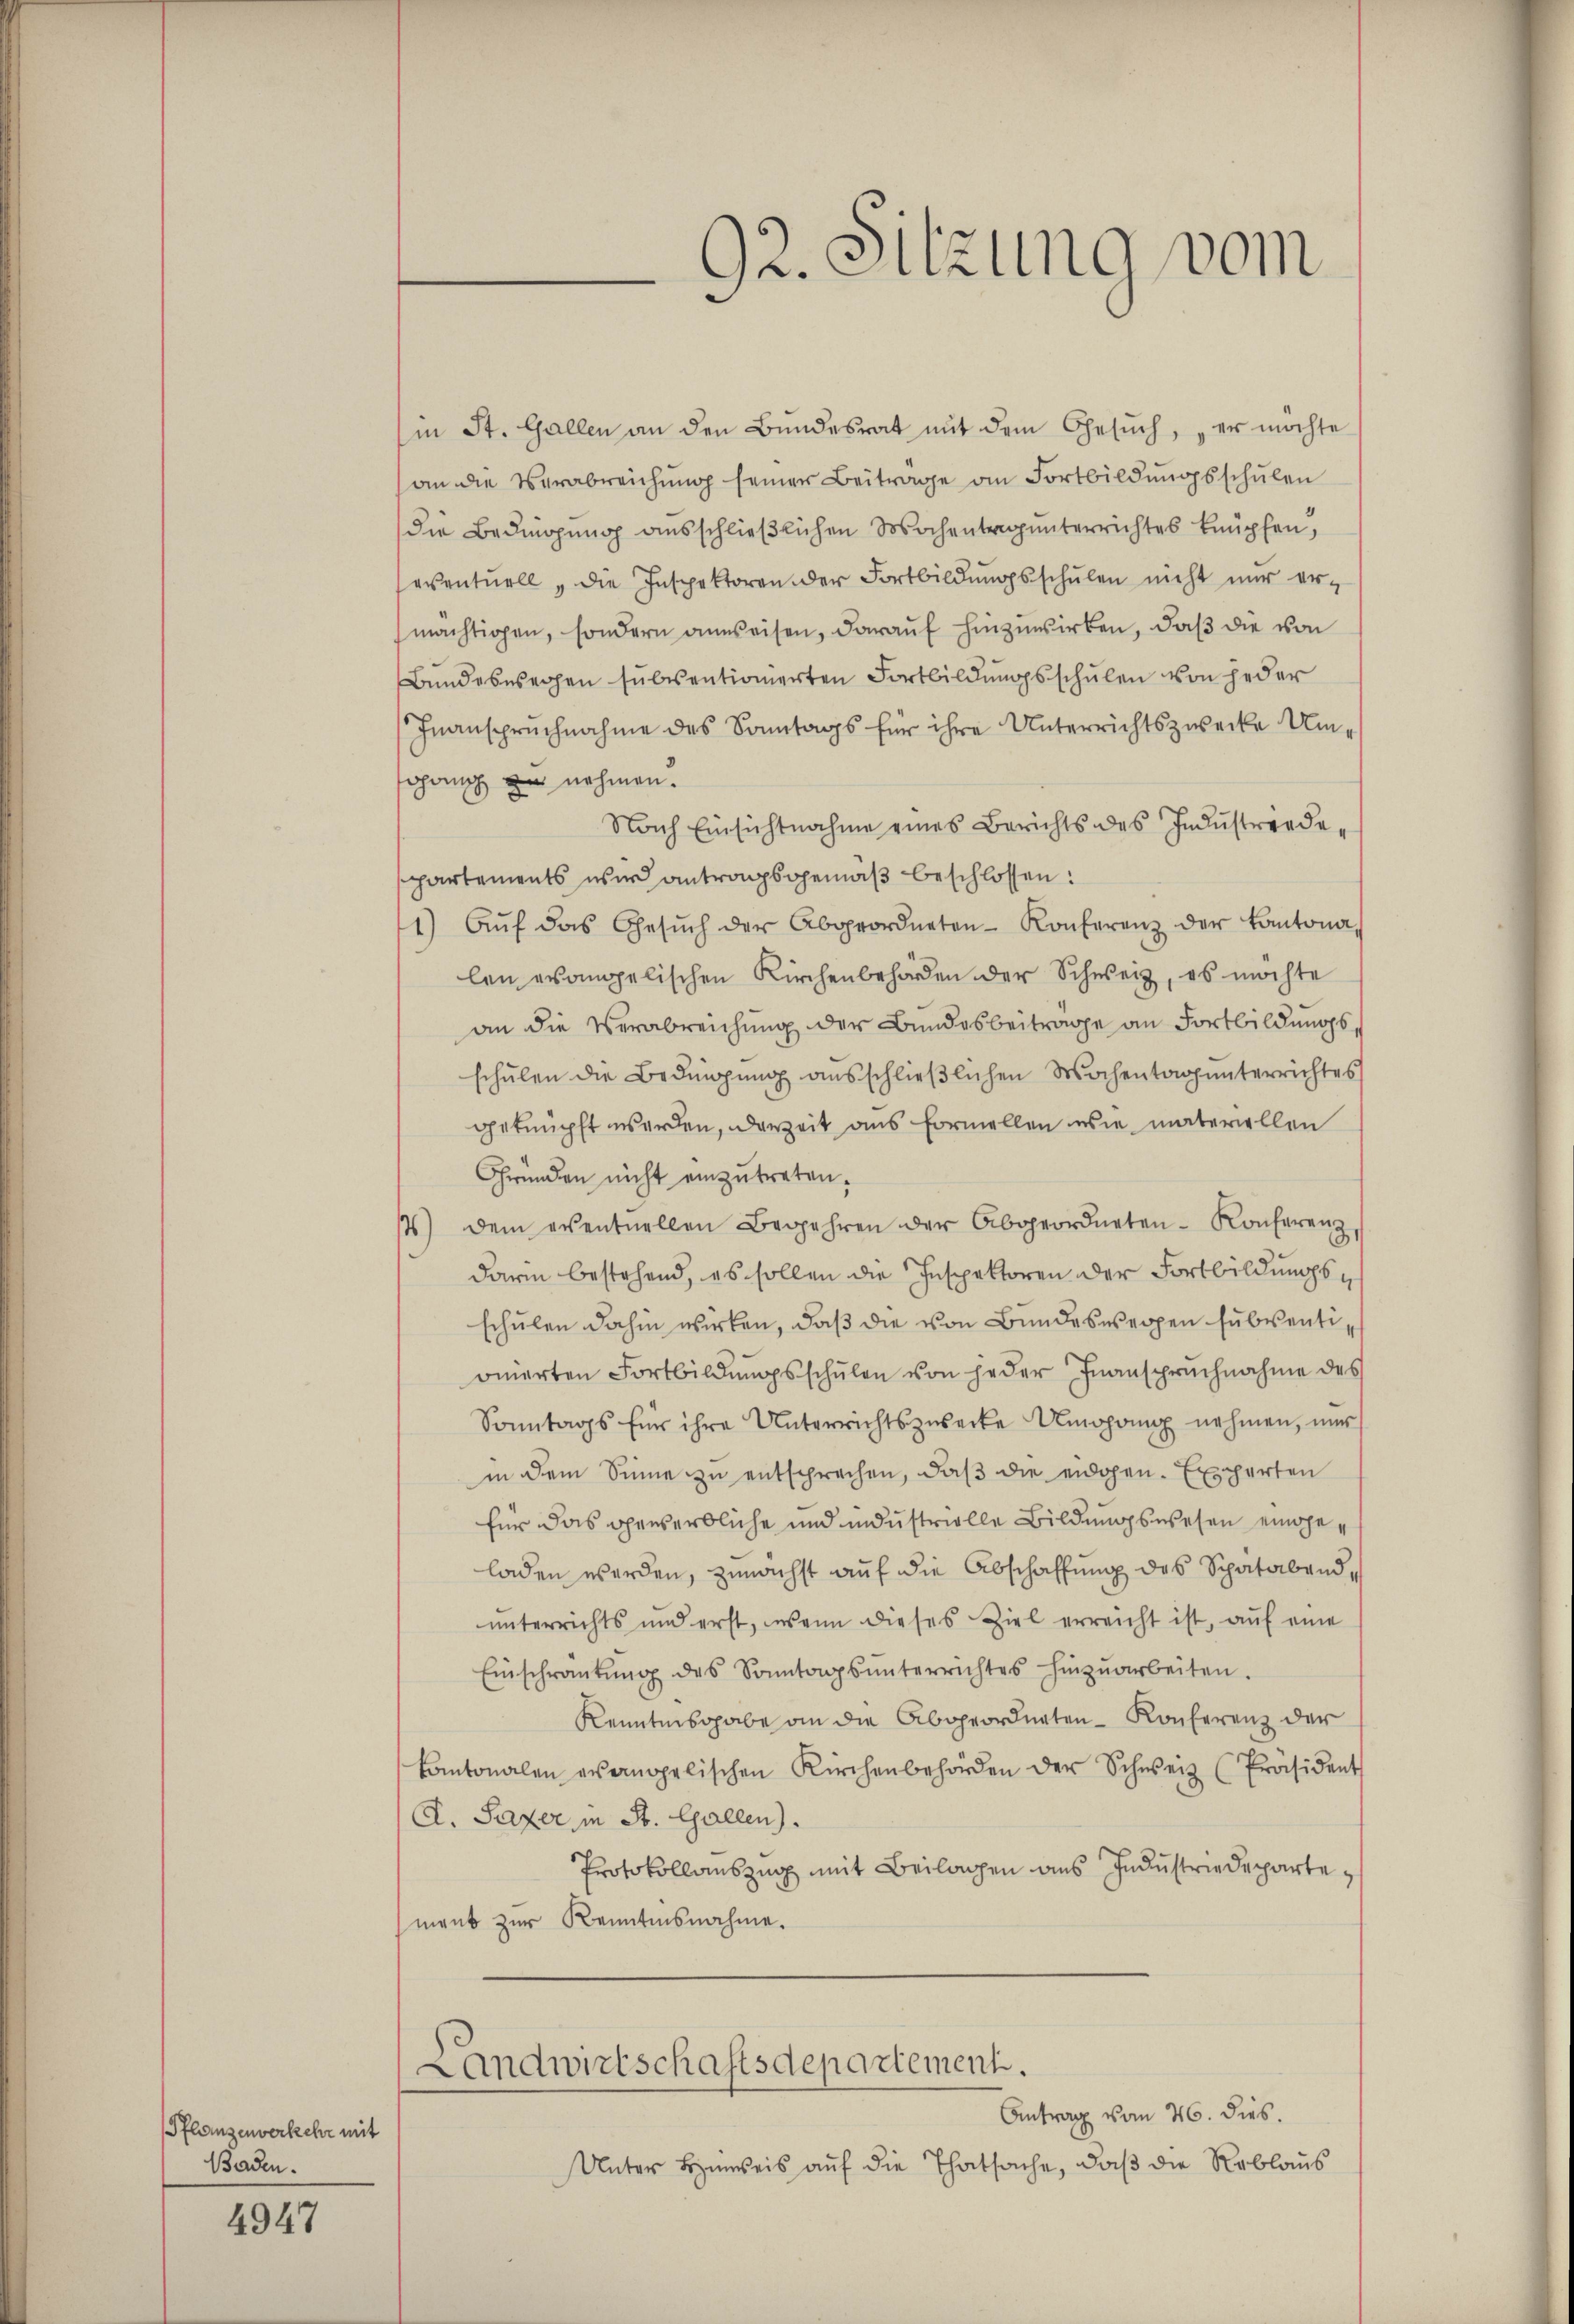
Pflanzenverkehr mit
Baden.

4947

(in St. Gallen an den Bŭndesrat mit dem Gesŭch, er möchte
an die Verabreichŭng seiner Beitrage an Fortbildŭngsschŭlen
die Bedingung ausschließlichen Wochentragunterrichtes knüpfen,
eventuell „die Inspektoren der Fortbildungsschulen nicht nur ermächtigen, sondern anweisen, darauf hinzuwirken, daß die von
Bundeswegen subsentionierten Fortbildungsschulen von jeder
Inanspruchnahme des Sonntags für ihre Unterrichtszwecke Umschang zu nehmen.
Nach Einsichtnahme eines Berichts des Industriede-
partements wir antragsgemäß beschlossen:
1) Aŭf das Gesŭch der Abgeordneten Konferenz der Kantona
len evangelischen Kirchenbehörden der Schweiz, es möchte
an die Verabreichung der Bundesbeitrage an Fortbildungs
schulen die Bedingung ausschließlichen Wochentag unterrichtes
geknüpft werden, derzeit aus formellen wie materiellen
Gründen nicht einzutreten.
) dem eventuellen Begehren der Abgeordneten-Konferenz
darin bestehend, es sollen die Inspektoren der Fortbildungsschulen dahin wirken, daß die von Bundeswegen subventi,
onnerten Fortbildungsschulen von jeder Inanspruchnahme des
Sonntags für ihre Unterrichtszuserke Umgang nehmen, nur
in dem Sinne zu entsprechen, daβ die eidgen. Experten
für das gewerbliche und industrielle Bildungswesen eingeladen werden, zunächst auf die Abschaffung des Spatabend,
unterrichts und erst, wenn dieses Ziel erreicht ist, aŭf eine
Einschraŭtŭng des Sonntagsŭnterrichtes hinzŭarbeiten.
Kenntnisgabe an die Abgeordneten Konferenz der
kantonalen evangelischen Kirchenbehörden der Schweiz (Präsident
A. Pater in St. Gallen.
Protokollauszug mit Beilagen aus Industriedepartement zur Kenntnisnahme.
Landwirtschaftsdepartement.
Antrag vom 26. dies.
Unter Hinweis auf die Thatsache, daß die Reblaus

92. Sitzung vom